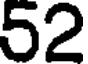
52